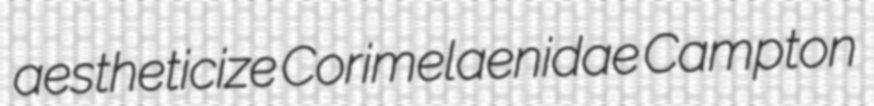
aestheticize Corimelaenidae Campton